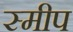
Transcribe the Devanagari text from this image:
स्मीप